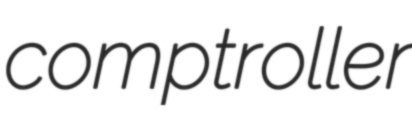
comptroller